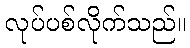
လုပ်ပစ်လိုက်သည်။